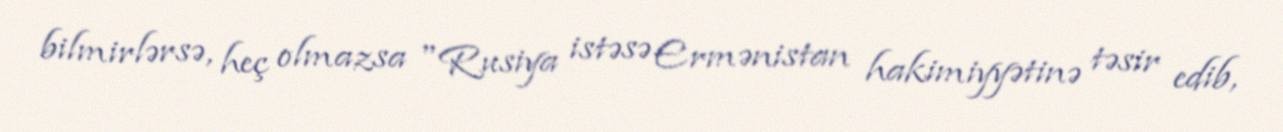
bilmirlərsə, heç olmazsa "Rusiya istəsə Ermənistan hakimiyyətinə təsir edib,